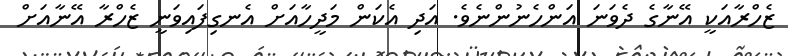
ޒެހްރާއަކީ އޭނާގެ ދެވަނަ އަންހެނުންނެވެ. އަދި އެކަން މަދީހާއަށް އެނގިފައިވަނީ ޒެހްރާ އޭނާއަށް